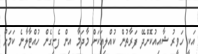
އަކީ ހަވީރު ޝާއިއުކޮށްދޭ ފަރާތުން ކުއްލިއަކަށް މާދަމާ އިން ފެށިގެން ހުއްޓާލާނެ ކަމަށް